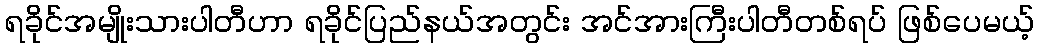
ရခိုင်အမျိုးသားပါတီဟာ ရခိုင်ပြည်နယ်အတွင်း အင်အားကြီးပါတီတစ်ရပ် ဖြစ်ပေမယ့်